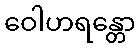
ဝေါဟရန္တော